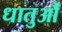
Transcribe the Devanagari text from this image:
धातुऔं